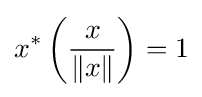
x^{*}\left({\frac {x}{\|x\|}}\right)=1